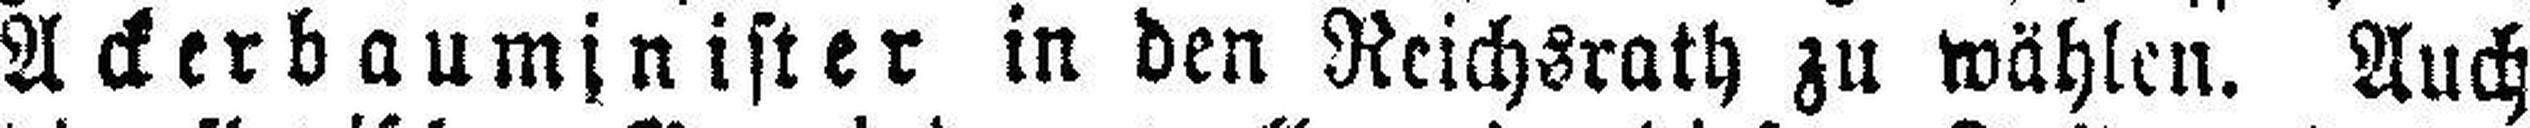
Ackerbauminister in den Reichsrath zu wählen. Auch